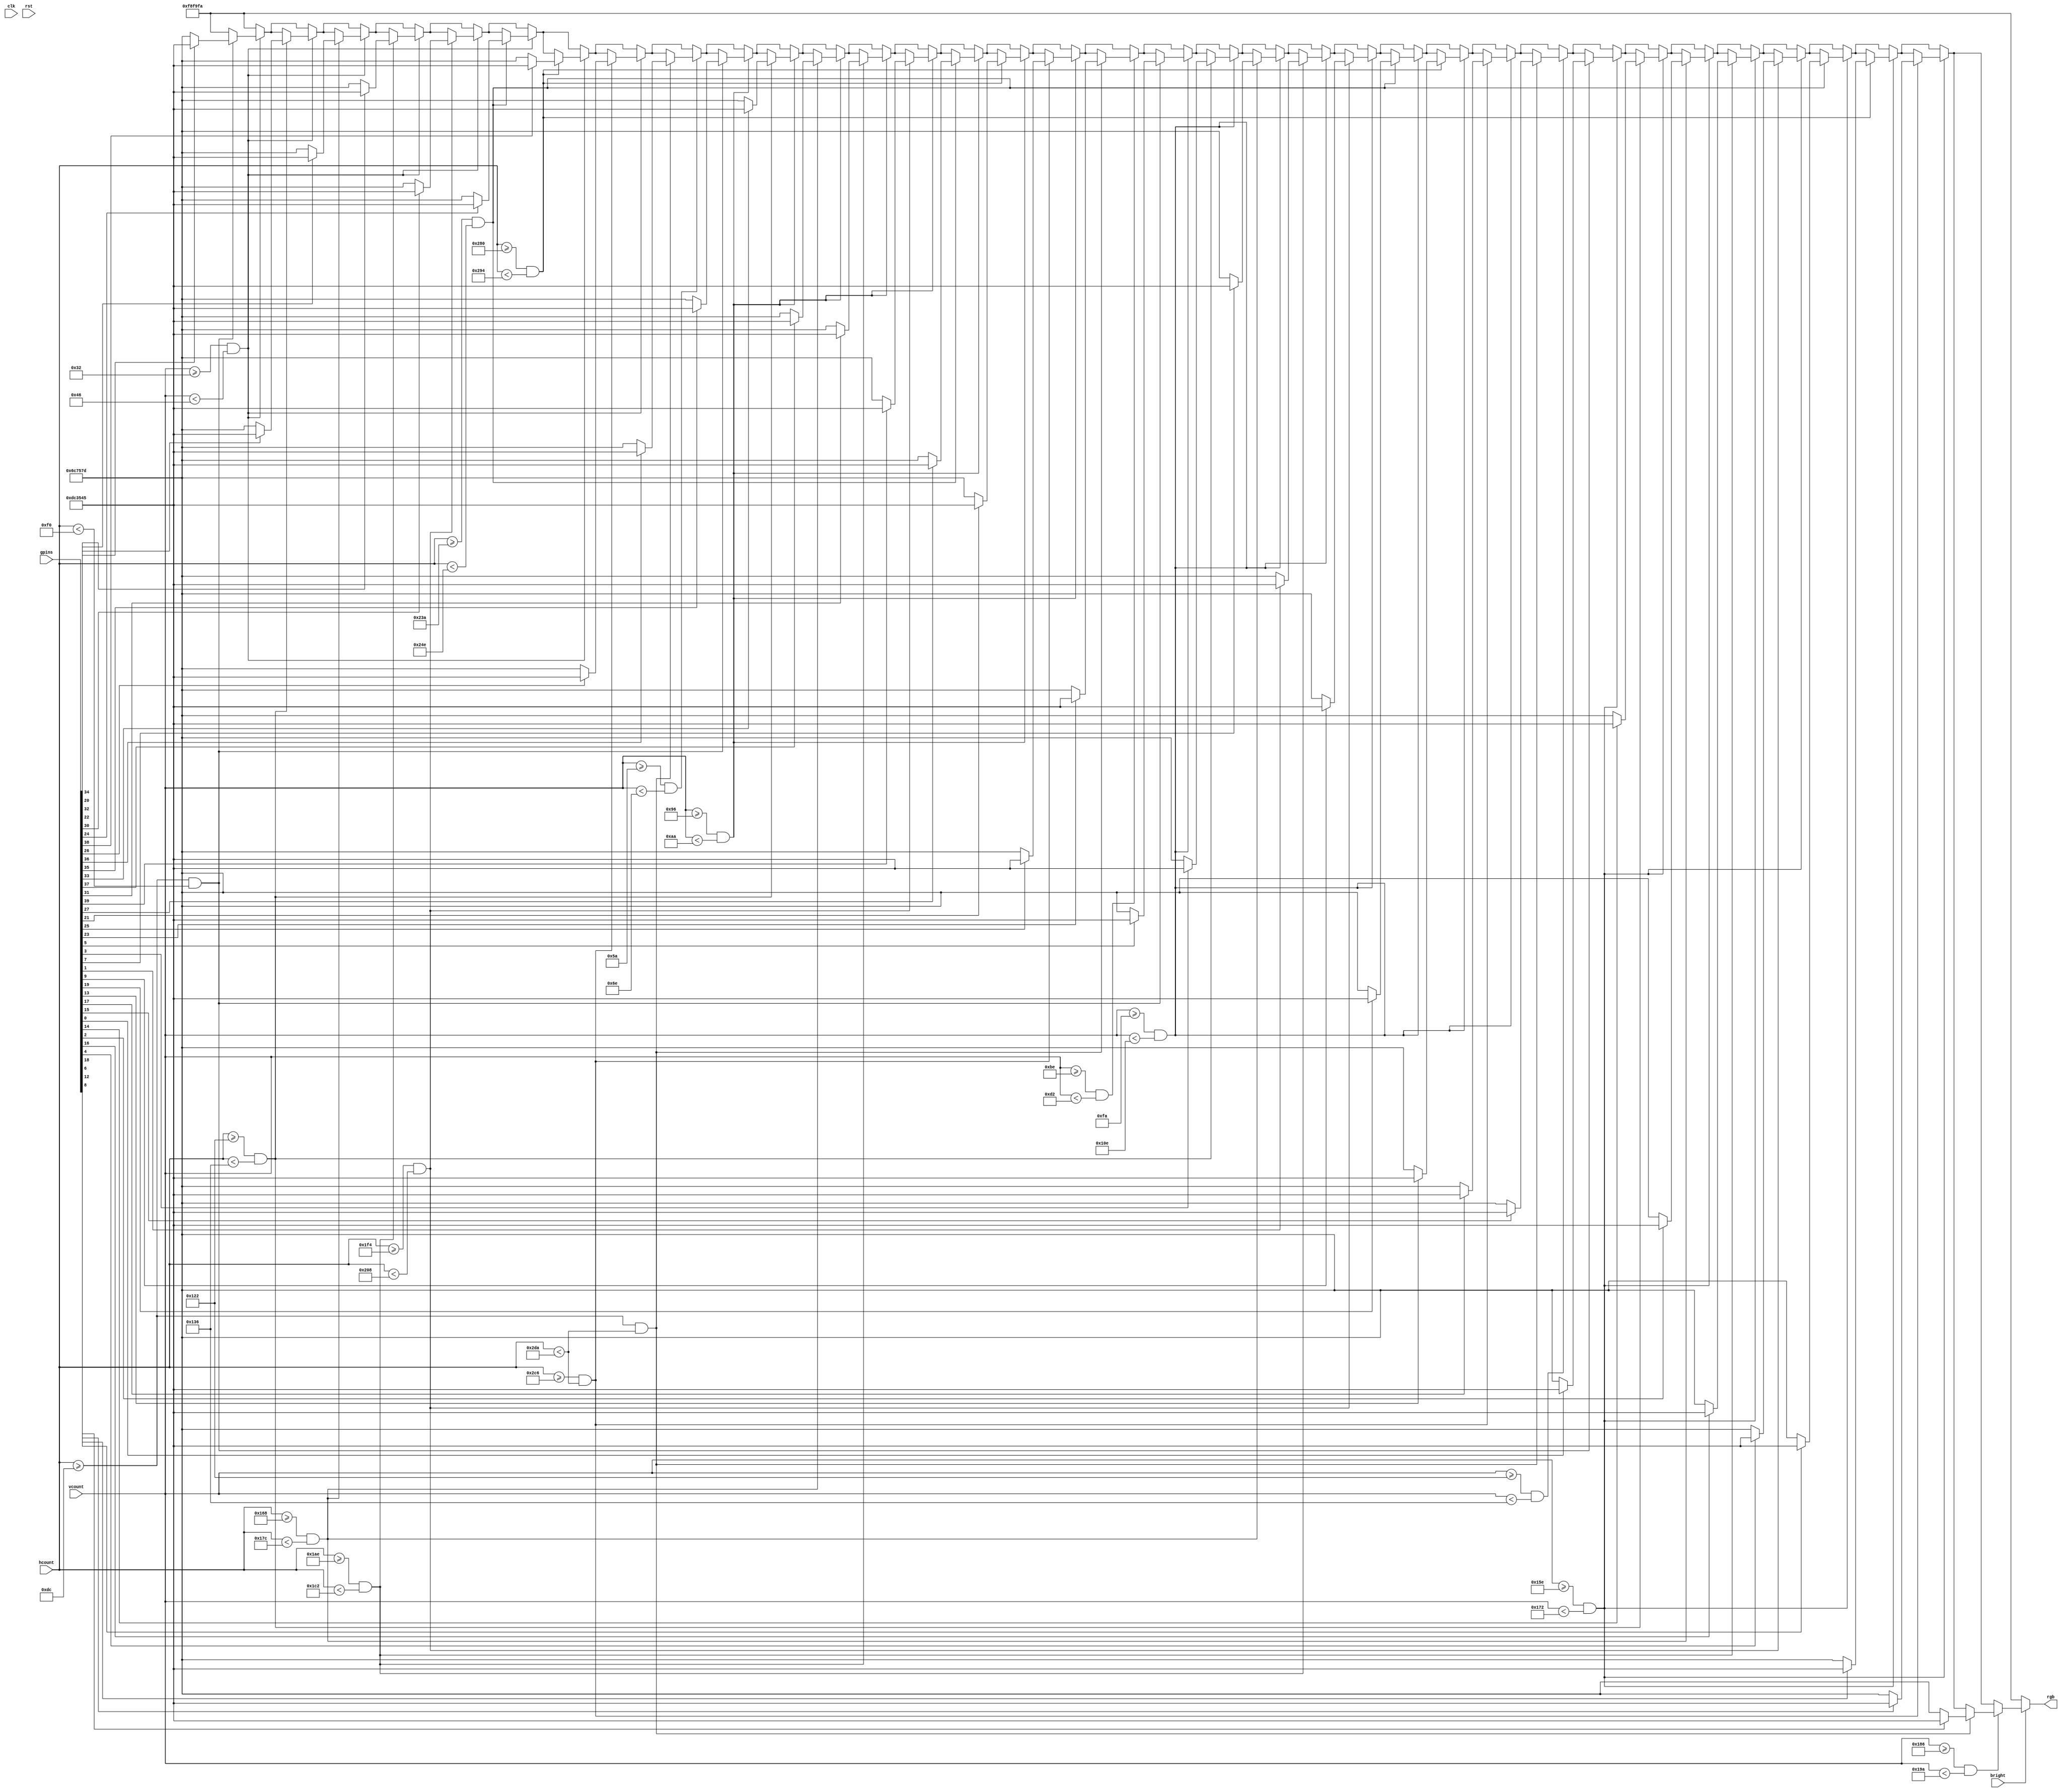
module switch_tester(clk, rst, bright, gpins, hcount, vcount, rgb);
	input					clk, rst, bright;
	input 	  [40:1] gpins;
	input 	  [9:0]  hcount, vcount;
	output reg [23:0] rgb;
	
	reg [23:0] rgbout;
	
	// Players Input Mapping
	wire [7:0] p1_sw, p2_sw, p3_sw, p4_sw;
	wire p1_btn, p2_btn, p3_btn, p4_btn;
	
	assign p1_sw = {gpins[35],gpins[21],gpins[33],gpins[23],gpins[31],gpins[25],gpins[39],gpins[27]};
	assign p1_btn = gpins[37];
	
	assign p2_sw = {gpins[36],gpins[34],gpins[38],gpins[32],gpins[40],gpins[28],gpins[22],gpins[26]};
	assign p2_btn = gpins[24];
	
	assign p3_sw = {gpins[6],gpins[4],gpins[8],gpins[2],gpins[10],gpins[20],gpins[14],gpins[18]};
	assign p3_btn = gpins[16];
	
	assign p4_sw = {gpins[1],gpins[15],gpins[3],gpins[17],gpins[5],gpins[19],gpins[7],gpins[13]};
	assign p4_btn = gpins[9];
	
	parameter rgb_bg    = 24'hf8f9fa;
	parameter rgb_swon  = 24'hdc3545;
	parameter rgb_swoff = 24'h6c757d;
	
	parameter size = 10'd20;
	parameter x_start = 10'd220;
	parameter y_start = 10'd50;
	parameter offset = 10'd50;
	
	always @(*) begin
		rgbout <= rgb_bg;
		
		// CONTROLLER 1
		
		// switch 0
		if (vcount >= y_start && vcount < (y_start + size))
			if (hcount >= x_start && hcount < (x_start + size))
				if (p1_sw[7])
					rgbout <= rgb_swon;
				else
					rgbout <= rgb_swoff;
	
		
		// switch 1
		if (vcount >= y_start && vcount < (y_start + size))
			if (hcount >= (x_start + offset + size) && hcount < (x_start + offset + 2*size))
				if (p1_sw[6])
					rgbout <= rgb_swon;
				else
					rgbout <= rgb_swoff;
		
		
		// switch 2
		if (vcount >= y_start && vcount < (y_start + size))
			if (hcount >= (x_start + 2*offset + 2*size) && hcount < (x_start + 2*offset + 3*size))
				if (p1_sw[5])
					rgbout <= rgb_swon;
				else
					rgbout <= rgb_swoff;
					
		
		// switch 3
		if (vcount >= y_start && vcount < (y_start + size))
			if (hcount >= (x_start + 3*offset + 3*size) && hcount < (x_start + 3*offset + 4*size))
				if (p1_sw[4])
					rgbout <= rgb_swon;
				else
					rgbout <= rgb_swoff;
		
		
		// switch 4
		if (vcount >= y_start && vcount < (y_start + size))
			if (hcount >= (x_start + 4*offset + 4*size) && hcount < (x_start + 4*offset + 5*size))
				if (p1_sw[3])
					rgbout <= rgb_swon;
				else
					rgbout <= rgb_swoff;
		
		
		// switch 5
		if (vcount >= y_start && vcount < (y_start + size))
			if (hcount >= (x_start + 5*offset + 5*size) && hcount < (x_start + 5*offset + 6*size))
				if (p1_sw[2])
					rgbout <= rgb_swon;
				else
					rgbout <= rgb_swoff;			
		
		// switch 6
		if (vcount >= y_start && vcount < (y_start + size))
			if (hcount >= (x_start + 6*offset + 6*size) && hcount < (x_start + 6*offset + 7*size))
				if (p1_sw[1])
					rgbout <= rgb_swon;
				else
					rgbout <= rgb_swoff;
					
		// switch 7
		if (vcount >= y_start && vcount < (y_start + size))
			if (hcount >= (x_start + 7*offset + 7*size) && hcount < (x_start + 7*offset + 8*size))
				if (p1_sw[0])
					rgbout <= rgb_swon;
				else
					rgbout <= rgb_swoff;
					
		// button
		if (vcount >= (y_start + 2*size) && vcount < (y_start + 3*size))
			if (hcount >= x_start && hcount < (x_start + 7*offset + 8*size))
				if (p1_btn)
					rgbout <= rgb_swon;
				else
					rgbout <= rgb_swoff;
		
		// CONTROLLER 2
		
		// switch 0
		if (vcount >= (y_start + 5*size) && vcount < (y_start + 6*size))
			if (hcount >= x_start && hcount < (x_start + size))
				if (p2_sw[7])
					rgbout <= rgb_swon;
				else
					rgbout <= rgb_swoff;
	
		
		// switch 1
		if (vcount >= (y_start + 5*size) && vcount < (y_start + 6*size))
			if (hcount >= (x_start + offset + size) && hcount < (x_start + offset + 2*size))
				if (p2_sw[6])
					rgbout <= rgb_swon;
				else
					rgbout <= rgb_swoff;
		
		
		// switch 2
		if (vcount >= (y_start + 5*size) && vcount < (y_start + 6*size))
			if (hcount >= (x_start + 2*offset + 2*size) && hcount < (x_start + 2*offset + 3*size))
				if (p2_sw[5])
					rgbout <= rgb_swon;
				else
					rgbout <= rgb_swoff;
					
		
		// switch 3
		if (vcount >= (y_start + 5*size) && vcount < (y_start + 6*size))
			if (hcount >= (x_start + 3*offset + 3*size) && hcount < (x_start + 3*offset + 4*size))
				if (p2_sw[4])
					rgbout <= rgb_swon;
				else
					rgbout <= rgb_swoff;
		
		
		// switch 4
		if (vcount >= (y_start + 5*size) && vcount < (y_start + 6*size))
			if (hcount >= (x_start + 4*offset + 4*size) && hcount < (x_start + 4*offset + 5*size))
				if (p2_sw[3])
					rgbout <= rgb_swon;
				else
					rgbout <= rgb_swoff;
		
		
		// switch 5
		if (vcount >= (y_start + 5*size) && vcount < (y_start + 6*size))
			if (hcount >= (x_start + 5*offset + 5*size) && hcount < (x_start + 5*offset + 6*size))
				if (p2_sw[2])
					rgbout <= rgb_swon;
				else
					rgbout <= rgb_swoff;			
		
		// switch 6
		if (vcount >= (y_start + 5*size) && vcount < (y_start + 6*size))
			if (hcount >= (x_start + 6*offset + 6*size) && hcount < (x_start + 6*offset + 7*size))
				if (p2_sw[1])
					rgbout <= rgb_swon;
				else
					rgbout <= rgb_swoff;
					
		// switch 7
		if (vcount >= (y_start + 5*size) && vcount < (y_start + 6*size))
			if (hcount >= (x_start + 7*offset + 7*size) && hcount < (x_start + 7*offset + 8*size))
				if (p2_sw[0])
					rgbout <= rgb_swon;
				else
					rgbout <= rgb_swoff;
					
		// button
		if (vcount >= (y_start + 7*size) && vcount < (y_start + 8*size))
			if (hcount >= x_start && hcount < (x_start + 7*offset + 8*size))
				if (p2_btn)
					rgbout <= rgb_swon;
				else
					rgbout <= rgb_swoff;
					
		// CONTROLLER 3
		
		// switch 0
		if (vcount >= (y_start + 10*size) && vcount < (y_start + 11*size))
			if (hcount >= x_start && hcount < (x_start + size))
				if (p3_sw[7])
					rgbout <= rgb_swon;
				else
					rgbout <= rgb_swoff;
	
		
		// switch 1
		if (vcount >= (y_start + 10*size) && vcount < (y_start + 11*size))
			if (hcount >= (x_start + offset + size) && hcount < (x_start + offset + 2*size))
				if (p3_sw[6])
					rgbout <= rgb_swon;
				else
					rgbout <= rgb_swoff;
		
		
		// switch 2
		if (vcount >= (y_start + 10*size) && vcount < (y_start + 11*size))
			if (hcount >= (x_start + 2*offset + 2*size) && hcount < (x_start + 2*offset + 3*size))
				if (p3_sw[5])
					rgbout <= rgb_swon;
				else
					rgbout <= rgb_swoff;
					
		
		// switch 3
		if (vcount >= (y_start + 10*size) && vcount < (y_start + 11*size))
			if (hcount >= (x_start + 3*offset + 3*size) && hcount < (x_start + 3*offset + 4*size))
				if (p3_sw[4])
					rgbout <= rgb_swon;
				else
					rgbout <= rgb_swoff;
		
		
		// switch 4
		if (vcount >= (y_start + 10*size) && vcount < (y_start + 11*size))
			if (hcount >= (x_start + 4*offset + 4*size) && hcount < (x_start + 4*offset + 5*size))
				if (p3_sw[3])
					rgbout <= rgb_swon;
				else
					rgbout <= rgb_swoff;
		
		
		// switch 5
		if (vcount >= (y_start + 10*size) && vcount < (y_start + 11*size))
			if (hcount >= (x_start + 5*offset + 5*size) && hcount < (x_start + 5*offset + 6*size))
				if (p3_sw[2])
					rgbout <= rgb_swon;
				else
					rgbout <= rgb_swoff;			
		
		// switch 6
		if (vcount >= (y_start + 10*size) && vcount < (y_start + 11*size))
			if (hcount >= (x_start + 6*offset + 6*size) && hcount < (x_start + 6*offset + 7*size))
				if (p3_sw[1])
					rgbout <= rgb_swon;
				else
					rgbout <= rgb_swoff;
					
		// switch 7
		if (vcount >= (y_start + 10*size) && vcount < (y_start + 11*size))
			if (hcount >= (x_start + 7*offset + 7*size) && hcount < (x_start + 7*offset + 8*size))
				if (p3_sw[0])
					rgbout <= rgb_swon;
				else
					rgbout <= rgb_swoff;
					
		// button
		if (vcount >= (y_start + 12*size) && vcount < (y_start + 13*size))
			if (hcount >= x_start && hcount < (x_start + 7*offset + 8*size))
				if (p3_btn)
					rgbout <= rgb_swon;
				else
					rgbout <= rgb_swoff;
					
		// CONTROLLER 4
		
		// switch 0
		if (vcount >= (y_start + 15*size) && vcount < (y_start + 16*size))
			if (hcount >= x_start && hcount < (x_start + size))
				if (p4_sw[7])
					rgbout <= rgb_swon;
				else
					rgbout <= rgb_swoff;
	
		
		// switch 1
		if (vcount >= (y_start + 15*size) && vcount < (y_start + 16*size))
			if (hcount >= (x_start + offset + size) && hcount < (x_start + offset + 2*size))
				if (p4_sw[6])
					rgbout <= rgb_swon;
				else
					rgbout <= rgb_swoff;
		
		
		// switch 2
		if (vcount >= (y_start + 15*size) && vcount < (y_start + 16*size))
			if (hcount >= (x_start + 2*offset + 2*size) && hcount < (x_start + 2*offset + 3*size))
				if (p4_sw[5])
					rgbout <= rgb_swon;
				else
					rgbout <= rgb_swoff;
					
		
		// switch 3
		if (vcount >= (y_start + 15*size) && vcount < (y_start + 16*size))
			if (hcount >= (x_start + 3*offset + 3*size) && hcount < (x_start + 3*offset + 4*size))
				if (p4_sw[4])
					rgbout <= rgb_swon;
				else
					rgbout <= rgb_swoff;
		
		
		// switch 4
		if (vcount >= (y_start + 15*size) && vcount < (y_start + 16*size))
			if (hcount >= (x_start + 4*offset + 4*size) && hcount < (x_start + 4*offset + 5*size))
				if (p4_sw[3])
					rgbout <= rgb_swon;
				else
					rgbout <= rgb_swoff;
		
		
		// switch 5
		if (vcount >= (y_start + 15*size) && vcount < (y_start + 16*size))
			if (hcount >= (x_start + 5*offset + 5*size) && hcount < (x_start + 5*offset + 6*size))
				if (p4_sw[2])
					rgbout <= rgb_swon;
				else
					rgbout <= rgb_swoff;			
		
		// switch 6
		if (vcount >= (y_start + 15*size) && vcount < (y_start + 16*size))
			if (hcount >= (x_start + 6*offset + 6*size) && hcount < (x_start + 6*offset + 7*size))
				if (p4_sw[1])
					rgbout <= rgb_swon;
				else
					rgbout <= rgb_swoff;
					
		// switch 7
		if (vcount >= (y_start + 15*size) && vcount < (y_start + 16*size))
			if (hcount >= (x_start + 7*offset + 7*size) && hcount < (x_start + 7*offset + 8*size))
				if (p4_sw[0])
					rgbout <= rgb_swon;
				else
					rgbout <= rgb_swoff;
					
		// button
		if (vcount >= (y_start + 17*size) && vcount < (y_start + 18*size))
			if (hcount >= x_start && hcount < (x_start + 7*offset + 8*size))
				if (p4_btn)
					rgbout <= rgb_swon;
				else
					rgbout <= rgb_swoff;

		if (bright)
			rgb <= rgbout;
		else
			rgb <= rgb_bg;
	
	end

endmodule